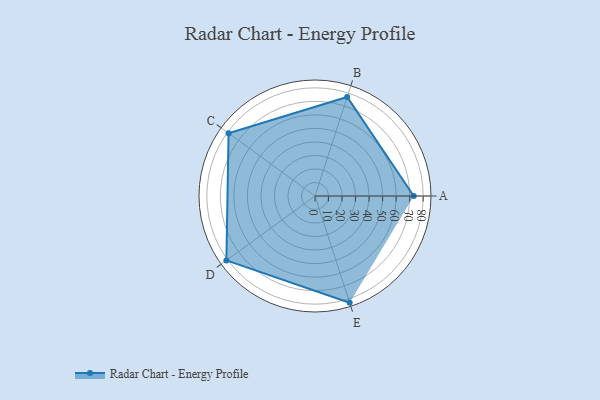
{"axis": {"x": "Skill", "y": "Score"}, "legend": ["Profile"], "data": [{"x": "A", "y": 73.0, "type": "Profile"}, {"x": "B", "y": 77.0, "type": "Profile"}, {"x": "C", "y": 79.0, "type": "Profile"}, {"x": "D", "y": 81.0, "type": "Profile"}, {"x": "E", "y": 83.0, "type": "Profile"}]}